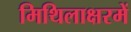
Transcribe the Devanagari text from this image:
मिथिलाक्षरमें